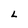
Character: L